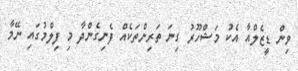
ވިން ޑީޒެލްއާ އެކު މަޝްހޫރު ގިނަ ތަރިންތަކެއް ފެނިގެންދާ މި ފިލްމުގައި ނޭމާ